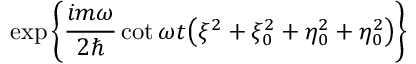
\exp \left\{ \frac { i m \omega } { 2 \hbar } \cot \omega t \bigl ( \xi ^ { 2 } + \xi _ { 0 } ^ { 2 } + \eta _ { 0 } ^ { 2 } + \eta _ { 0 } ^ { 2 } \bigr ) \right\}